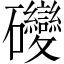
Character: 𥘂